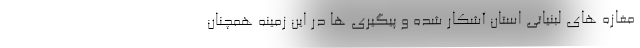
مغازه های لبنیاتی استان آشکار شده و پیگیری ها در این زمینه همچنان